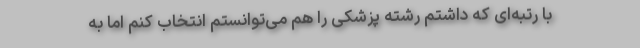
با رتبه‌ای که داشتم رشته پزشکی را هم می‌توانستم انتخاب کنم اما به